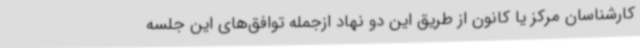
کارشناسان مرکز یا کانون از طریق این دو نهاد ازجمله توافق‌های این جلسه